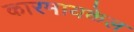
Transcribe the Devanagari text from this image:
कारमायकेल